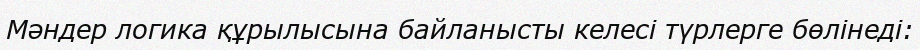
Мәндер логика құрылысына байланысты келесі түрлерге бөлінеді: